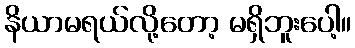
နိယာမရယ်လို့တော့ မရှိဘူးပေါ့။